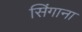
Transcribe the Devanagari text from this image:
सिंगाना